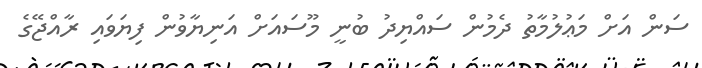
ސަން އަށް މަޢުލުމާތު ދެމުން ސައްޔިދު ބުނީ މޫސައަށް އަނިޔާވުން ފިޔަވައި ރާއްޖޭގެ